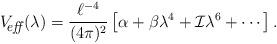
LaTeX: \begin{align*}V_{\hbox{\footnotesize\it \hspace{-6pt} eff\,}}(\lambda) ={\ell^{-4}\over (4\pi)^2}\left[\alpha +\beta \lambda^4+{\cal I}\lambda^6+\cdots \right]. \end{align*}